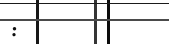
: